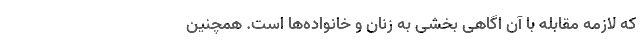
که لازمه مقابله با آن اگاهی بخشی به زنان و خانواده‌ها است. همچنین